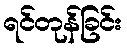
ရင်တုန်ခြင်း